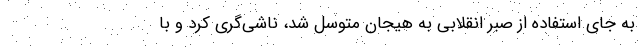
به جای استفاده از صبر انقلابی به هیجان متوسل شد، ناشی‌گری کرد و با